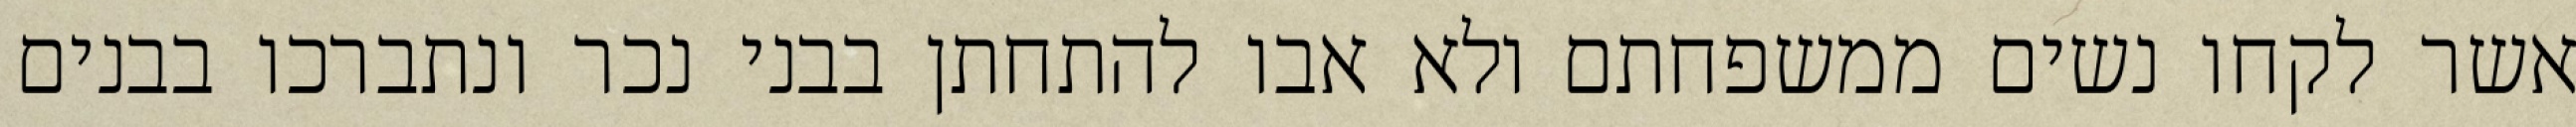
אשר לקחו נשים ממשפחתם ולא אבו להתחתן בבני נכר ונתברכו בבנים